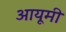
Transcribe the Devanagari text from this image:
आयूमी